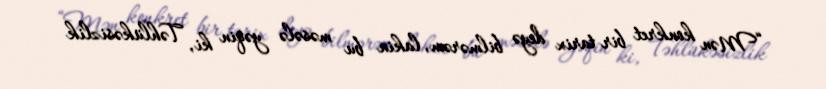
“Mən konkret bir tarix deyə bilmərəm, lakin bu məsələ yəqin ki, Təhlükəsizlik